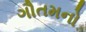
ગૌતમનો